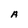
Character: A